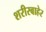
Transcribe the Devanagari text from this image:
शरीरबाहेर